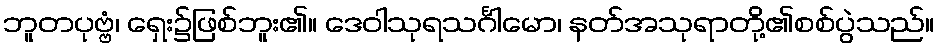
ဘူတပုဗ္ဗံ၊ ရှေး၌ဖြစ်ဘူး၏။ ဒေဝါသုရသင်္ဂါမော၊ နတ်အသုရာတို့၏စစ်ပွဲသည်။